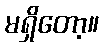
မရှိတော့။